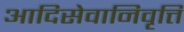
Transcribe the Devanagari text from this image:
आदिसेवानिवृत्ति